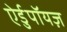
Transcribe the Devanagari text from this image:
ऐर्डुपॉयज़